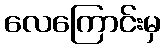
လေကြောင်းမှ